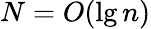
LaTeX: N=O(\lg n)